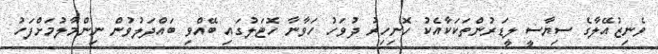
ވެނިޒުއޭލާގެ ސިޔާސީ ލީޑަރުންތަކަކާއެކު ހޮނިހިރު ދުވަހު ހަވާނާ ހޮޓަލުގައި ބޭއްވި ބައްދަލުވުން ނިންމާލުމަށްފަހު